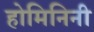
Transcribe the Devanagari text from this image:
होमिनिनी